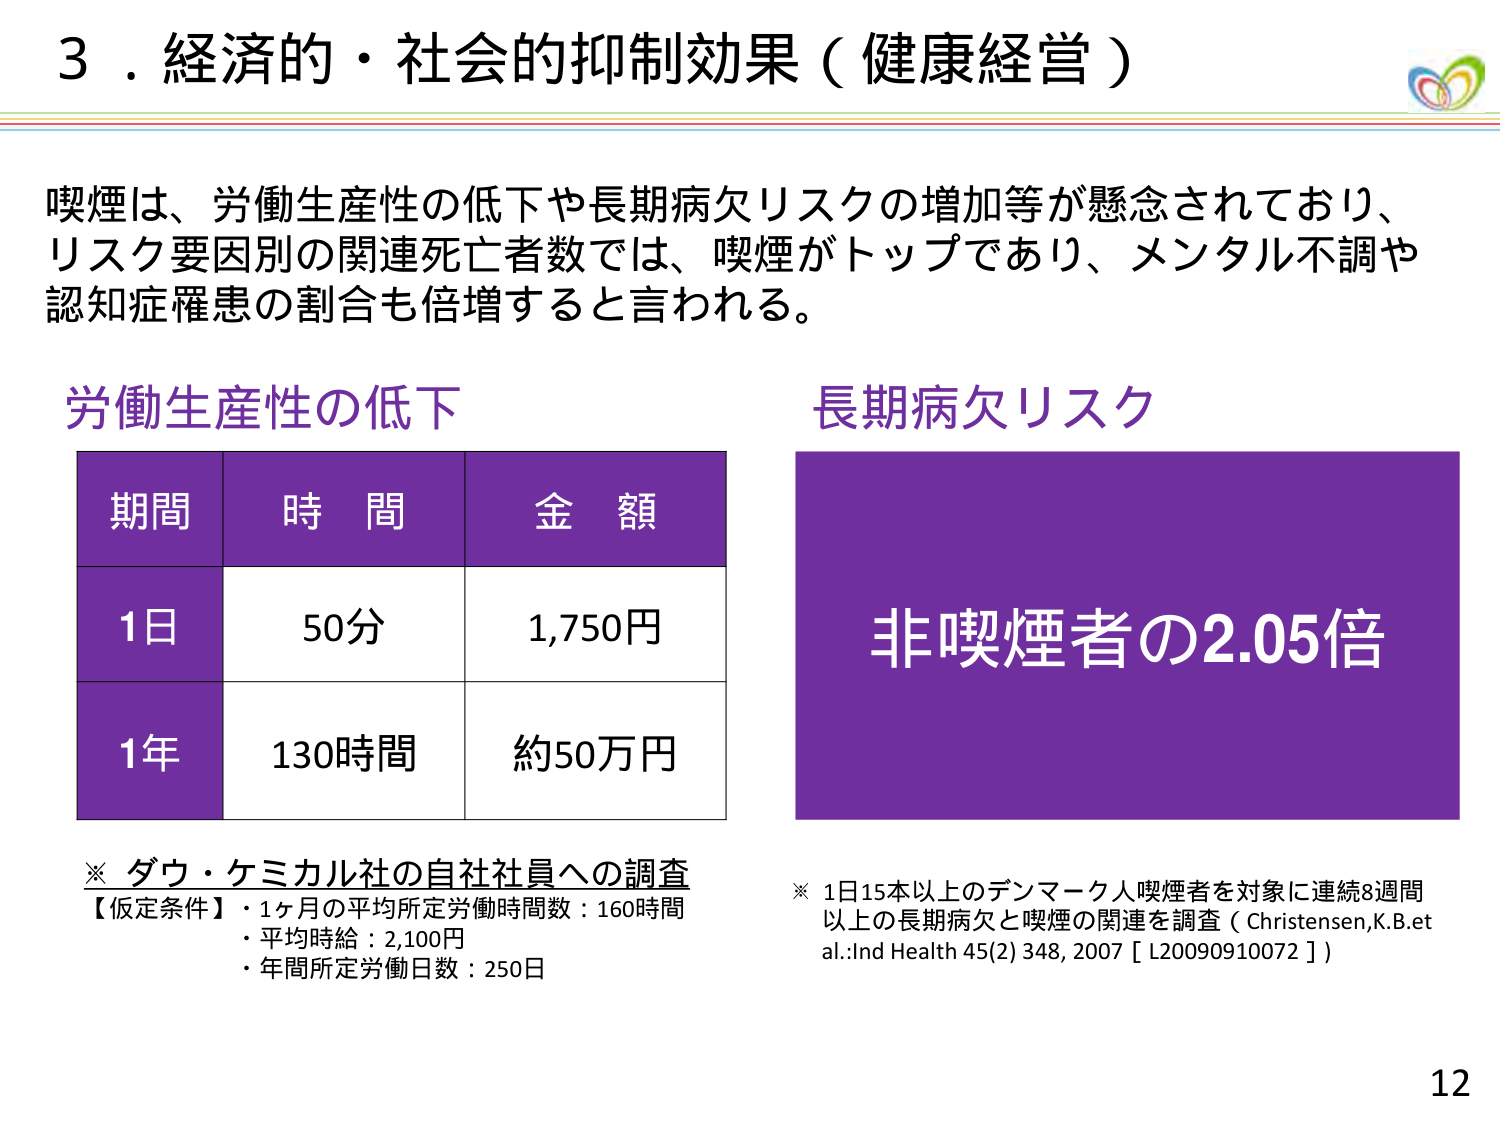
3．経済的・社会的抑制効果（健康経営）

喫煙は、労働生産性の低下や長期病欠リスクの増加等が懸念されており、
リスク要因別の関連死亡者数では、喫煙がトップであり、メンタル不調や
認知症罹患の割合も倍増すると言われる。

労働生産性の低下

期間　時間　金額
1日　50分　1,750円
1年　130時間　約50万円

※ ダウ・ケミカル社の自社社員への調査
【仮定条件】・1ヶ月の平均所定労働時間数：160時間
　　　　　・平均時給：2,100円
　　　　　・年間所定労働日数：250日

長期病欠リスク

非喫煙者の2.05倍

※ 1日15本以上のデンマーク人喫煙者を対象に連続8週間
以上の長期病欠と喫煙の関連を調査（Christensen,K.B.et
al.:Ind Health 45(2) 348, 2007 [ L20090910072 ]）

12